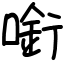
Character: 𠼫